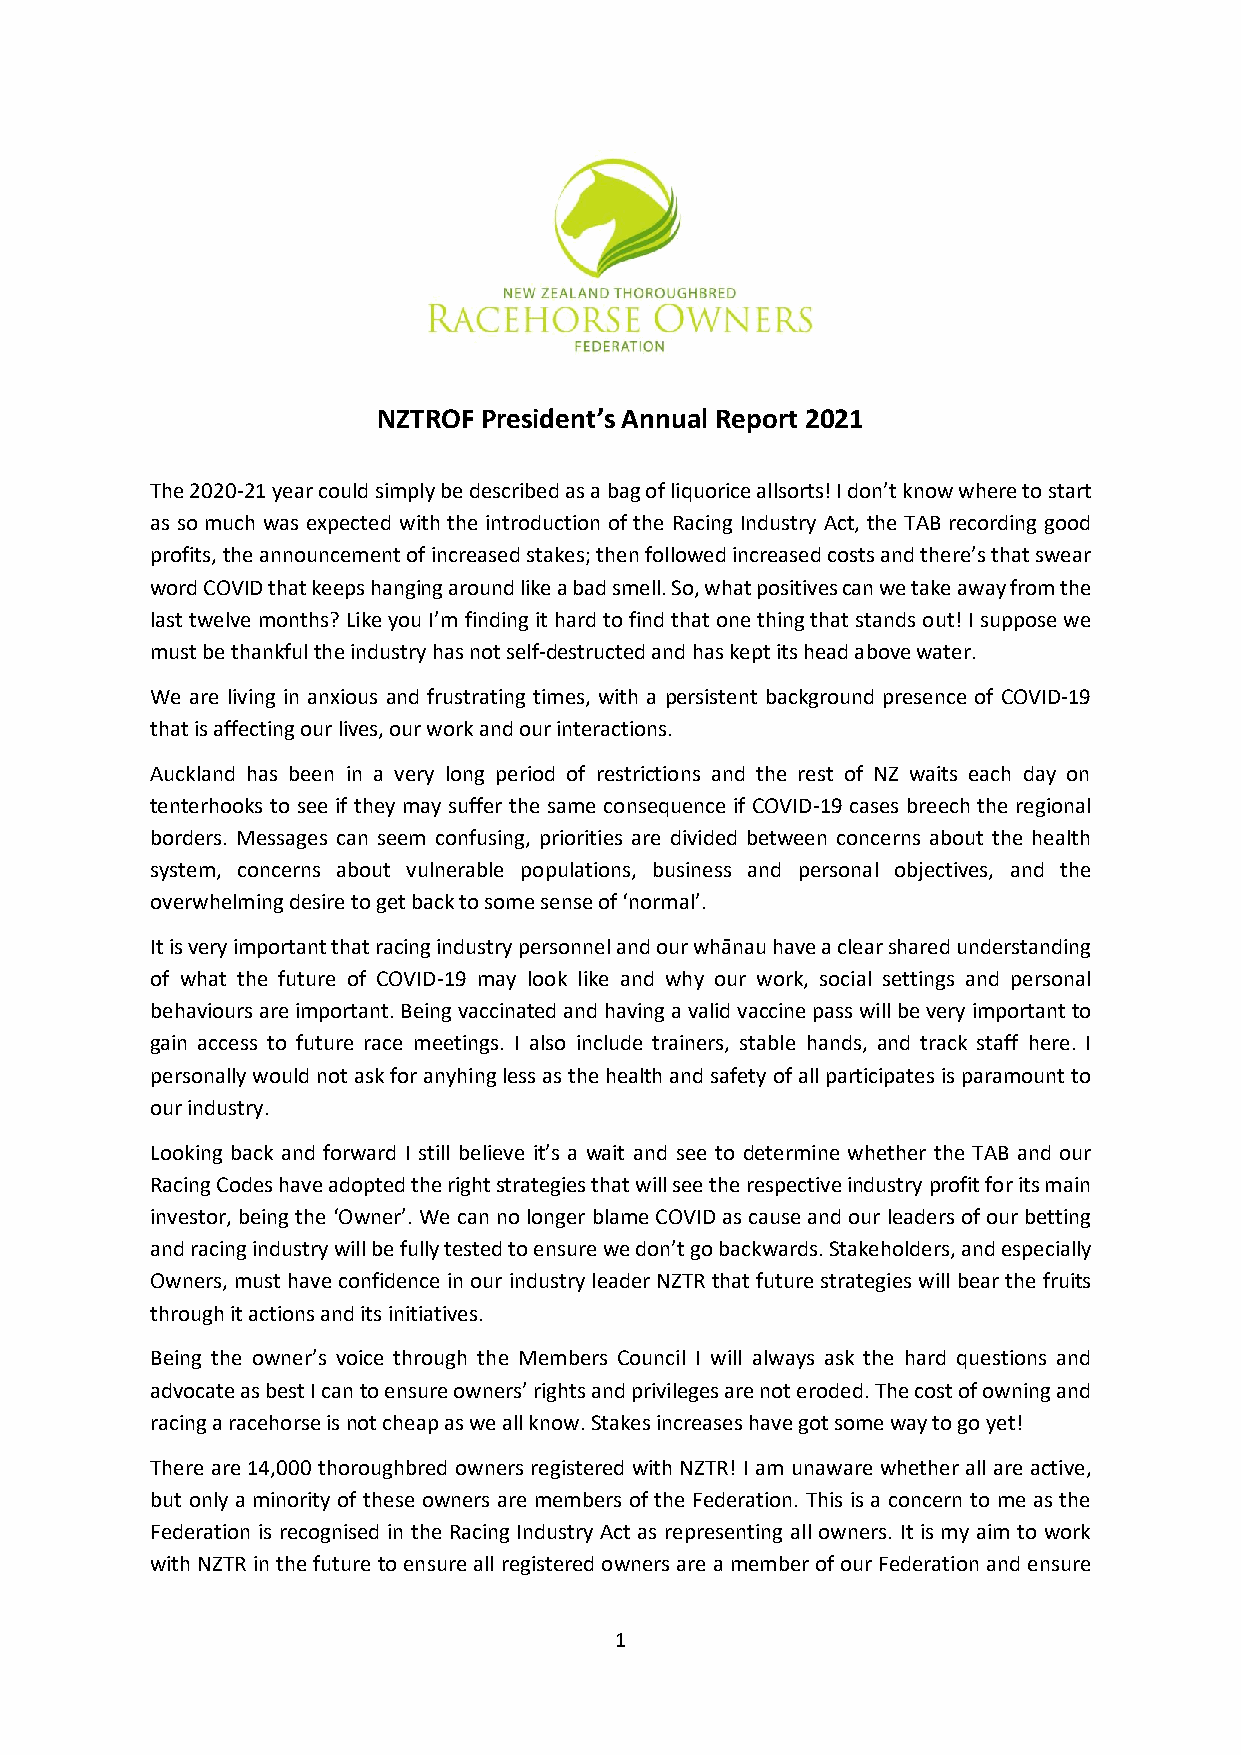
NZTROF President’s Annual Report 2021
 The 2020-21 year could simply be described as a bag of liquorice allsorts! I don’t know where to start
 as so much was expected with the introduction of the Racing Industry Act, the TAB recording good
 profits, the announcement of increased stakes; then followed increased costs and there’s that swear
 word COVID that keeps hanging around like a bad smell. So, what positives can we take away from the
 last twelve months? Like you I’m finding it hard to find that one thing that stands out! I suppose we
 must be thankful the industry has not self-destructed and has kept its head above water.
 We are living in anxious and frustrating times, with a persistent background presence of COVID-19
 that is affecting our lives, our work and our interactions.
 Auckland has been in a very long period of restrictions and the rest of NZ waits each day on
 tenterhooks to see if they may suffer the same consequence if COVID-19 cases breech the regional
 borders. Messages can seem confusing, priorities are divided between concerns about the health
 system, concerns about vulnerable populations, business and personal objectives, and the
 overwhelming desire to get back to some sense of ‘normal’.
 It is very important that racing industry personnel and our whānau have a clear shared understanding
 of what the future of COVID-19 may look like and why our work, social settings and personal
 behaviours are important. Being vaccinated and having a valid vaccine pass will be very important to
 gain access to future race meetings. I also include trainers, stable hands, and track staff here. I
 personally would not ask for anyhing less as the health and safety of all participates is paramount to
 our industry.
 Looking back and forward I still believe it’s a wait and see to determine whether the TAB and our
 Racing Codes have adopted the right strategies that will see the respective industry profit for its main
 investor, being the ‘Owner’. We can no longer blame COVID as cause and our leaders of our betting
 and racing industry will be fully tested to ensure we don’t go backwards. Stakeholders, and especially
 Owners, must have confidence in our industry leader NZTR that future strategies will bear the fruits
 through it actions and its initiatives.
 Being the owner’s voice through the Members Council I will always ask the hard questions and
 advocate as best I can to ensure owners’ rights and privileges are not eroded. The cost of owning and
 racing a racehorse is not cheap as we all know. Stakes increases have got some way to go yet!
 There are 14,000 thoroughbred owners registered with NZTR! I am unaware whether all are active,
 but only a minority of these owners are members of the Federation. This is a concern to me as the
 Federation is recognised in the Racing Industry Act as representing all owners. It is my aim to work
 with NZTR in the future to ensure all registered owners are a member of our Federation and ensure
 1